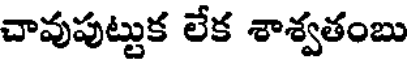
చావుపుట్టుక లేక శాశ్వతంబు